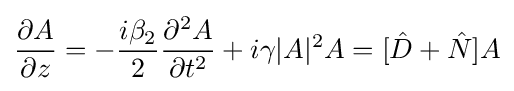
{\partial A \over \partial z}=-{i\beta _{2} \over 2}{\partial ^{2}A \over \partial t^{2}}+i\gamma |A|^{2}A=[{\hat {D}}+{\hat {N}}]A